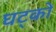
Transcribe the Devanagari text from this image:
घट्कों